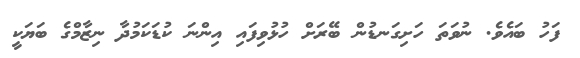
ފަހު ބައެވެ. ނުވަތަ ހަށިގަނޑުން ބޭރަށް ހުޅުވިފައި އިންނަ ކުޑަކަމުދާ ނިޒާމްގެ ބަޔަކީ